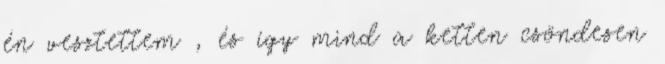
én vesztettem , és így mind a ketten csöndesen